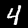
Digit: 4